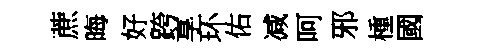
蔗晦好跨享环佑减呵邪㮔國